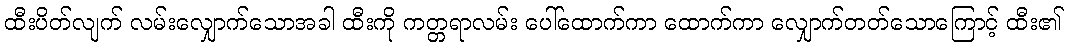
ထီးပိတ်လျက် လမ်းလျှောက်သောအခါ ထီးကို ကတ္တရာလမ်း ပေါ်ထောက်ကာ ထောက်ကာ လျှောက်တတ်သောကြောင့် ထီး၏